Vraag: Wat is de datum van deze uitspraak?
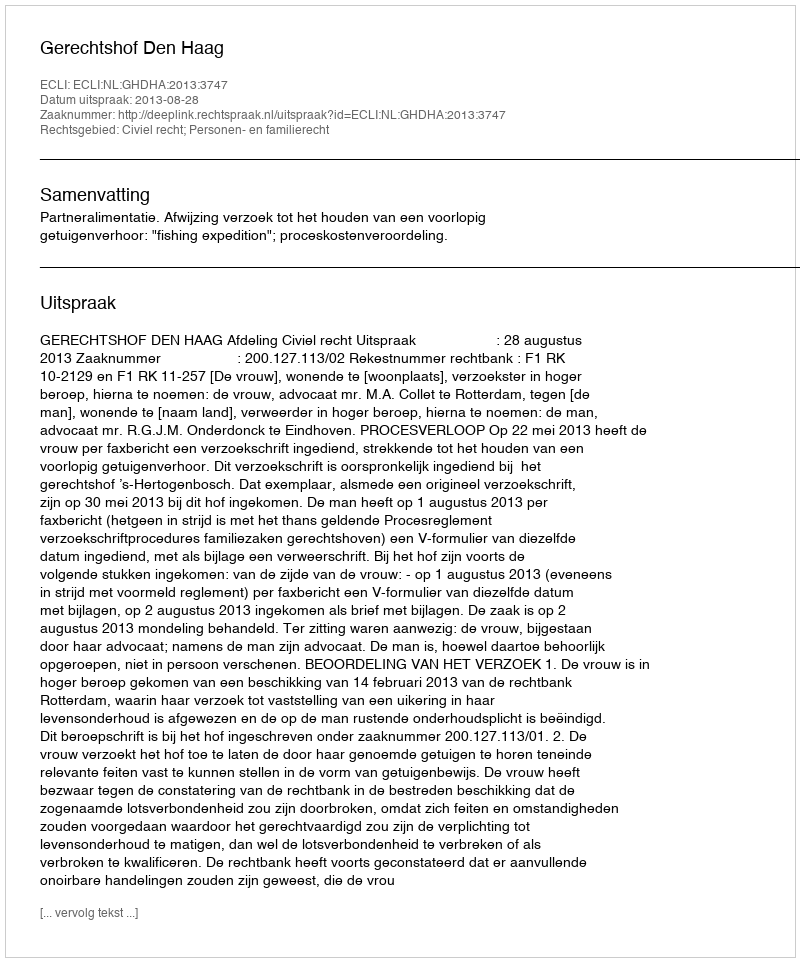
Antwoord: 2013-08-28